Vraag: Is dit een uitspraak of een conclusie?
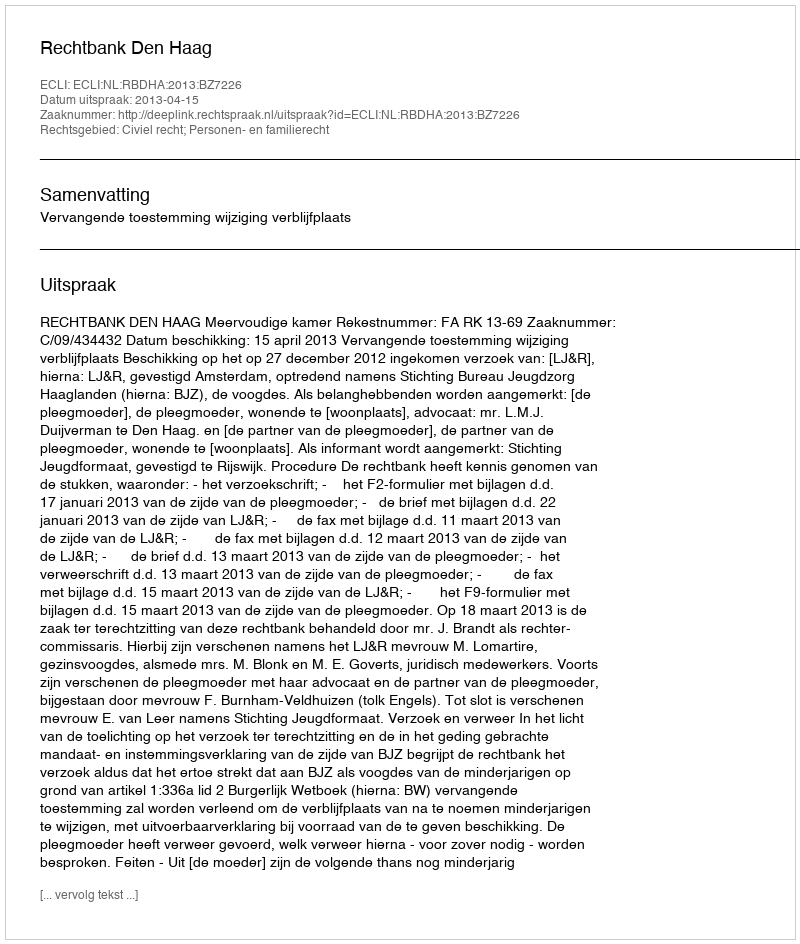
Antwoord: Uitspraak